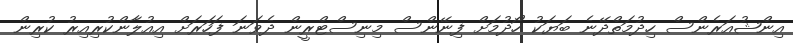
އިންޝުއަރެންސް ހިދުމަތްދޭނެ ބަޔަކު ހޯދުމަށް ފިނޭންސް މިނިސްޓްރީން ދެވަނަ ފަހަރަށް އިއުލާންކުރިއިރު ކުރިން